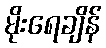
မိုးရေချိန်